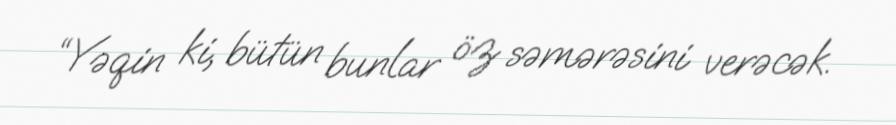
“Yəqin ki, bütün bunlar öz səmərəsini verəcək.